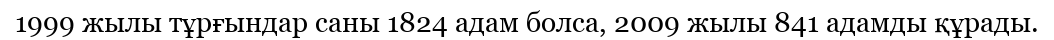
1999 жылы тұрғындар саны 1824 адам болса, 2009 жылы 841 адамды құрады.